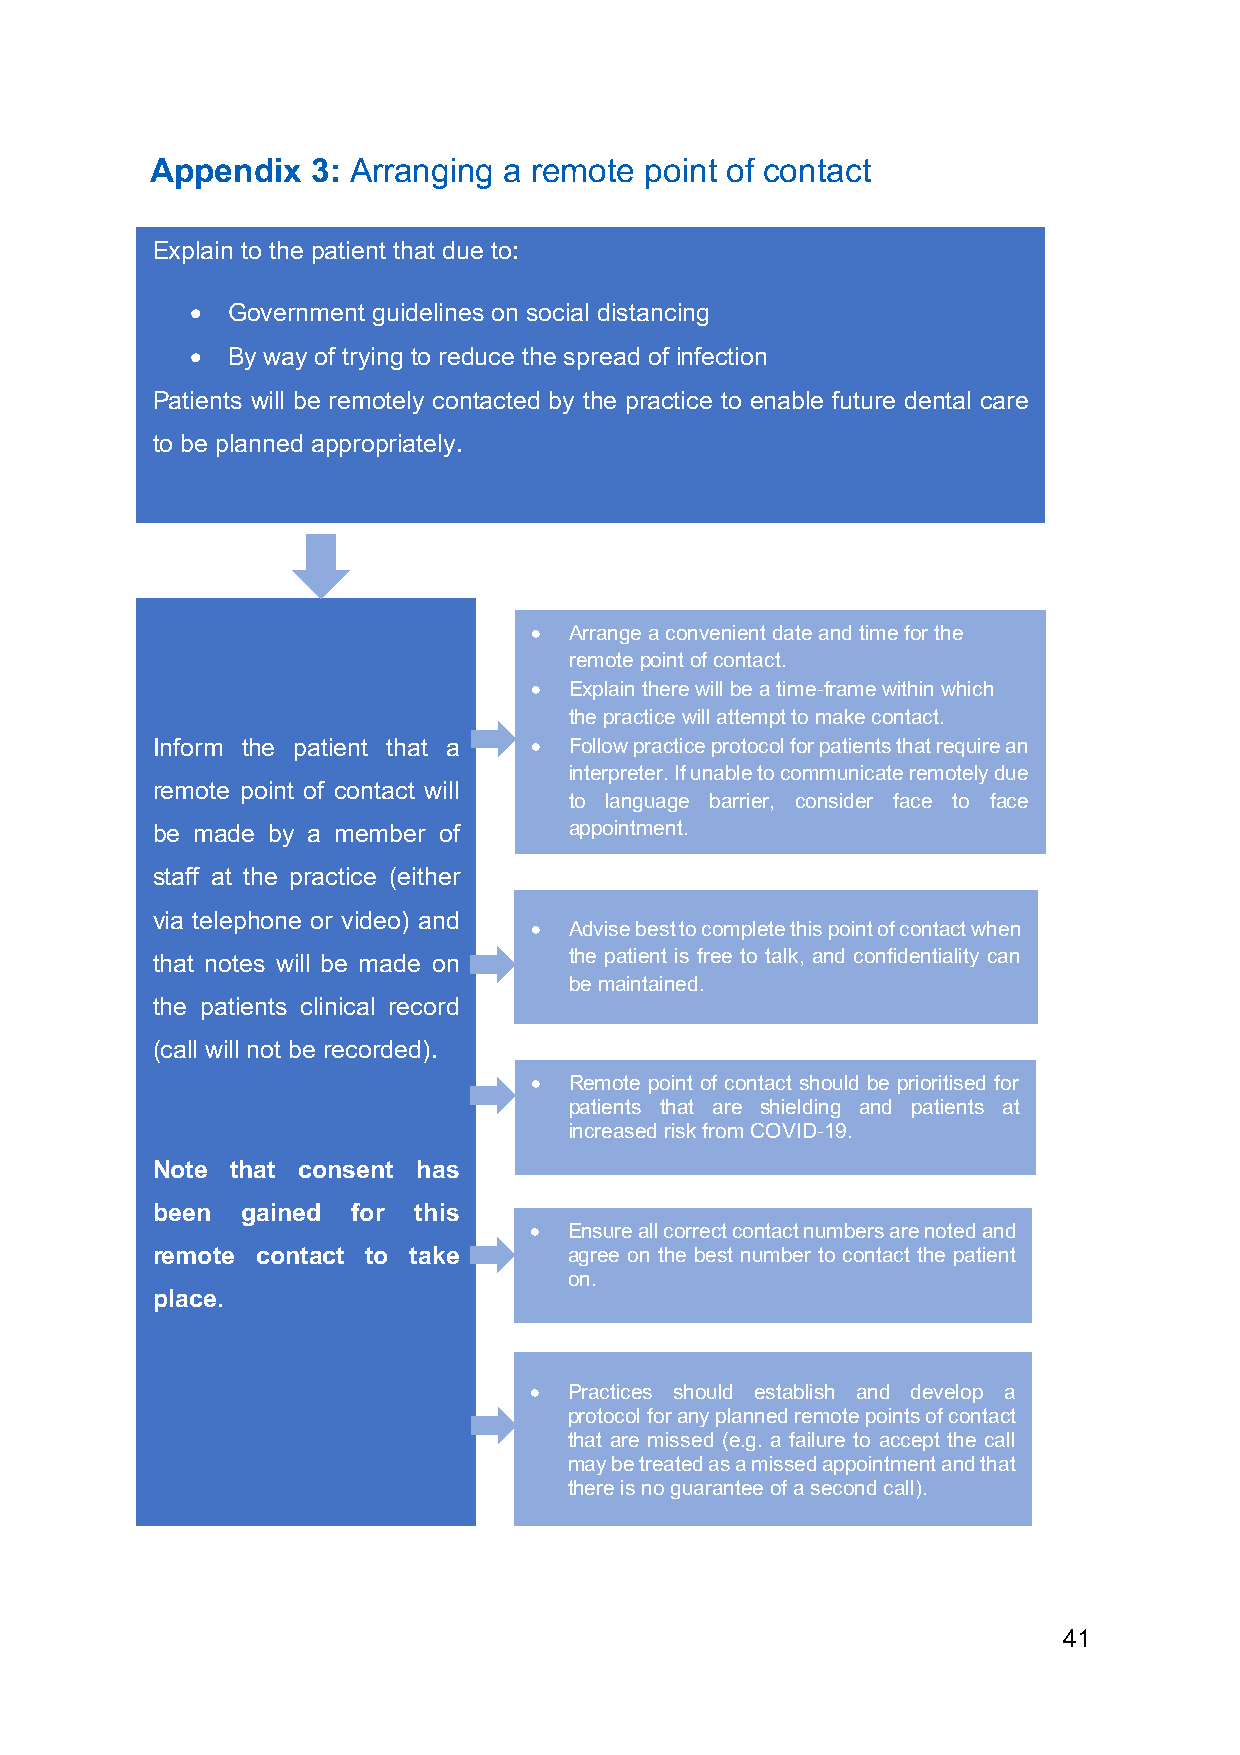
Appendix   3: Arranging a remote point of contact
 Explain to the patient that due to:
 • Government guidelines on social distancing
 • By way of trying to reduce the spread of infection
 Patients will be remotely contacted by the practice to enable future dental care
 to be planned appropriately.
 •  Arrange a convenient date and time for the
 remote point of contact.
 •  Explain there will be a time-frame within which
 the pr actice will attempt to make contact.
 Inform the patient that a • Follow practice protocol for patients that require an
 interpreter. If unable to communicate remotely due
 remote point of contact will
 to language barrier, consider face to face
 be made by a member of      appointment.
 •
 staff at the practice (either
 via telephone or video) and
 •  Advise best to complete this point of contact when
 that notes will be made on  the patient is free to talk, and confidentiality can
 be maintained.
 the patients clinical record
 (call will not be recorded).
 •  Remote point of contact should be prioritised for
 patients that are shielding and patients at
 increased risk from COVID-19.
 Note that consent has
 been  gained for this
 •  Ensure all correct contact numbers are noted and
 remote contact to take      agree on the best number to contact the patient
 on.
 place.
 •  Practices should establish and develop a
 protocol for any planned remote points of contact
 that are missed (e.g. a failure to accept the call
 may be treated as a missed appointment and that
 there is no guarantee of a second call).
 41